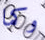
وكما